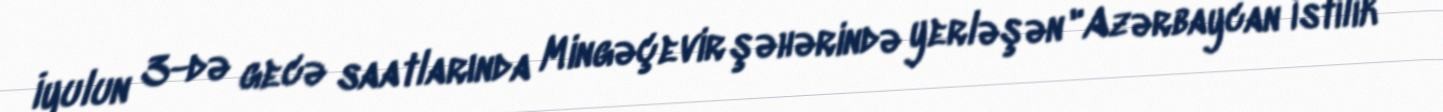
İyulun 3-də gecə saatlarında Mingəçevir şəhərində yerləşən "Azərbaycan İstilik